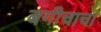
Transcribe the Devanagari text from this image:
बगीचाचा